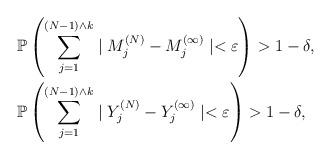
LaTeX: \begin{align*} &\mathbb{P}\left(\displaystyle\sum_{j=1}^{(N-1)\wedge k}\mid M_j^{(N)}-M_j^{(\infty)}\mid <\varepsilon\right)>1-\delta, \\ &\mathbb{P}\left(\displaystyle\sum_{j=1}^{(N-1)\wedge k}\mid Y_j^{(N)}-Y_j^{(\infty)}\mid <\varepsilon\right)>1-\delta, \end{align*}